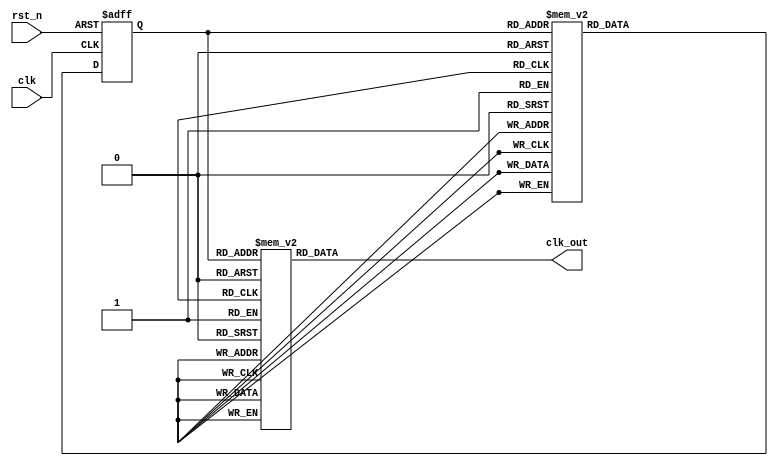
module clk_div_fsm_8(
input clk,rst_n,
output reg clk_out); 

parameter s0=3'b000;
parameter s1=3'b001;
parameter s2=3'b010;
parameter s3=3'b011;

parameter s4=3'b100;
parameter s5=3'b101;
parameter s6=3'b110;
parameter s7=3'b111;

reg [2:0] state, nextstate; 

// next state logic
always @(*)  begin 
case (state)
s0: nextstate = s1; 
s1: nextstate = s2; 
s2: nextstate = s3; 
s3: nextstate = s4; 

s4: nextstate = s5; 
s5: nextstate = s6; 
s6: nextstate = s7; 
s7: nextstate = s0;
default: nextstate = s0; 
endcase  
end 
// state register
always @(posedge clk or negedge rst_n) begin 
if(!rst_n) state <= s0; 
else state <= nextstate; 
end
// output logic

always@(*) begin 
case (state) 
s0: clk_out= 1'b1; 
s1: clk_out= 1'b1;
s2: clk_out= 1'b1;
s3: clk_out= 1'b1;
s4: clk_out= 1'b0;
s5: clk_out= 1'b0;
s6: clk_out= 1'b0;
s7: clk_out= 1'b0;
default: clk_out = 1'bx; 
endcase
end 
endmodule

// Instance: 
// clk_div_fsm_8 inst_name (.clk(clk), .rst_n(rst_n), .clk_out(clk_out));